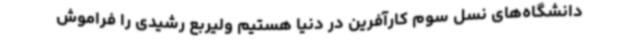
دانشگاه‌های نسل سوم کارآفرین در دنیا هستیم ولیربع رشیدی را فراموش